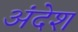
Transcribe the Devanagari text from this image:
अंदेश